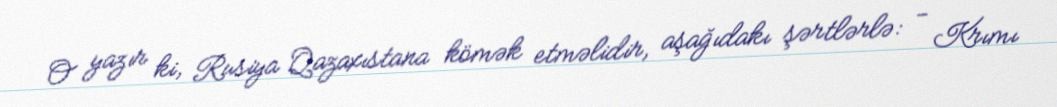
O yazır ki, Rusiya Qazaxıstana kömək etməlidir, aşağıdakı şərtlərlə: - Krımı